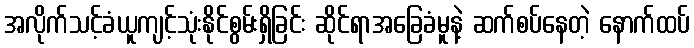
အလိုက်သင့်ခံယူကျင့်သုံးနိုင်စွမ်းရှိခြင်း ဆိုင်ရာအခြေခံမူနဲ့ ဆက်စပ်နေတဲ့ နောက်ထပ်